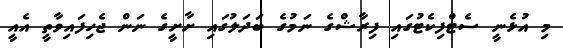
މި އުޅެނީ ސެޓްފިކެޓުގައި ފިރާޝްގެ ނަމުގެ ބަދަލުގައި ށާށީގެ ނަން ޖެހިފައިވާތީ އެއީ